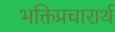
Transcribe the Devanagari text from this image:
भक्तिप्रचारार्थ